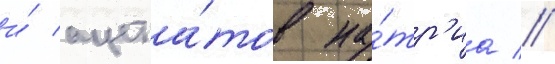
и́ ацета́тов на́тр'иа //